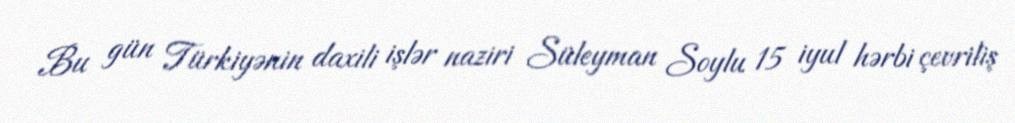
Bu gün Türkiyənin daxili işlər naziri Süleyman Soylu 15 iyul hərbi çevriliş